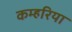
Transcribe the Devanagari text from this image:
कम्हरिया